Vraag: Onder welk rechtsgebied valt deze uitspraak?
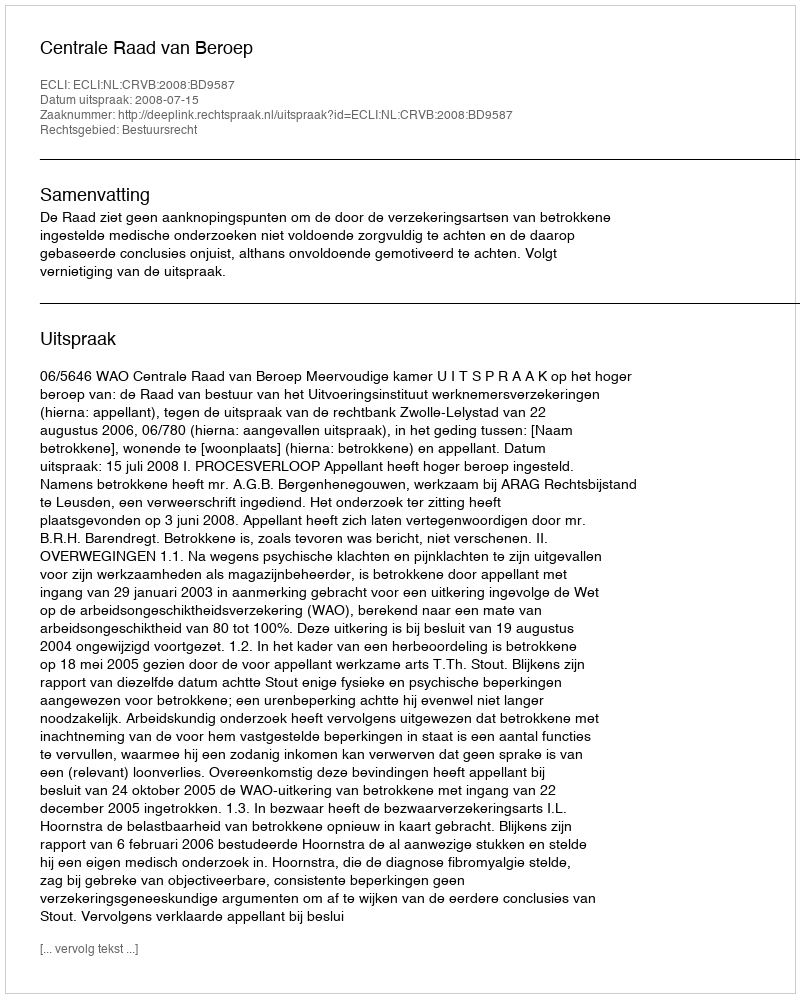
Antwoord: Bestuursrecht